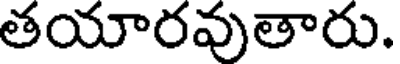
తయారవుతారు.